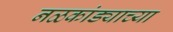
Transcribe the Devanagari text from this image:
नळकांड्याच्या